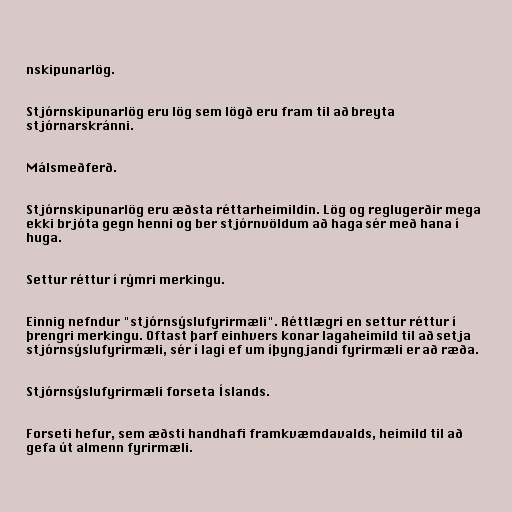
nskipunarlög.

Stjórnskipunarlög eru lög sem lögð eru fram til að breyta
stjórnarskránni.

Málsmeðferð.

Stjórnskipunarlög eru æðsta réttarheimildin. Lög og reglugerðir mega
ekki brjóta gegn henni og ber stjórnvöldum að haga sér með hana í
huga.

Settur réttur í rýmri merkingu.

Einnig nefndur "stjórnsýslufyrirmæli". Réttlægri en settur réttur í
þrengri merkingu. Oftast þarf einhvers konar lagaheimild til að setja
stjórnsýslufyrirmæli, sér í lagi ef um íþyngjandi fyrirmæli er að ræða.

Stjórnsýslufyrirmæli forseta Íslands.

Forseti hefur, sem æðsti handhafi framkvæmdavalds, heimild til að
gefa út almenn fyrirmæli.